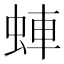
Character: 蛼